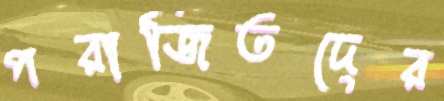
পরাজিতদের